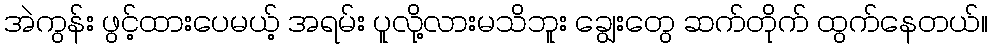
အဲကွန်း ဖွင့်ထားပေမယ့် အရမ်း ပူလို့လားမသိဘူး ချွေးတွေ ဆက်တိုက် ထွက်နေတယ်။